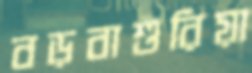
বড়বাশুরিয়া